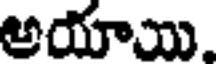
అయాయి.